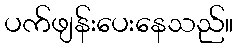
ပက်ဖျန်းပေးနေသည်။